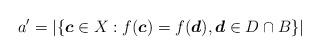
LaTeX: \begin{align*}a' = |\{\boldsymbol{c} \in X : f(\boldsymbol{c})=f(\boldsymbol{d}),\boldsymbol{d} \in D\cap B\}|\end{align*}